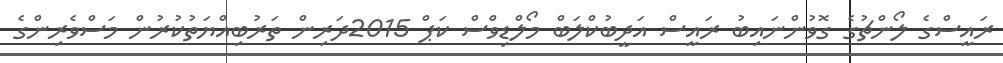
ރައީސްގެ ލޯންޗުގެ ގޮވުންނައިބު ރައީސް އަދީބުކްލަބް މޯލްޑިވްސް ކަޕް 2015ދަރިން ތަރުބިއްޔަތުކުރުން މަސްވެރިންގެ